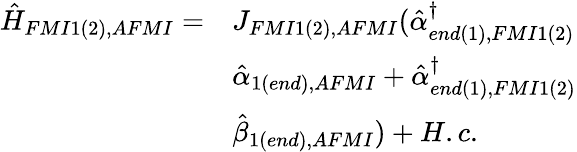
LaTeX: \begin{array}{ll}{\hat{H}_{FMI1(2),AFMI}=}&{J_{FMI1(2),AFMI}(\hat{\alpha}_{end(1),FMI1(2)}^{\dagger}}\\ &{\hat{\alpha}_{1(end),AFMI}+\hat{\alpha}_{{end(1),FMI1(2)}}^{\dagger}}\\ &{\hat{\beta}_{1(end),AFMI})+H.c.}\end{array}